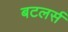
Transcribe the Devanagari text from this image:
बटलर्स